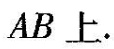
AB上。